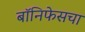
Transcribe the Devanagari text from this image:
बॉनिफेसचा